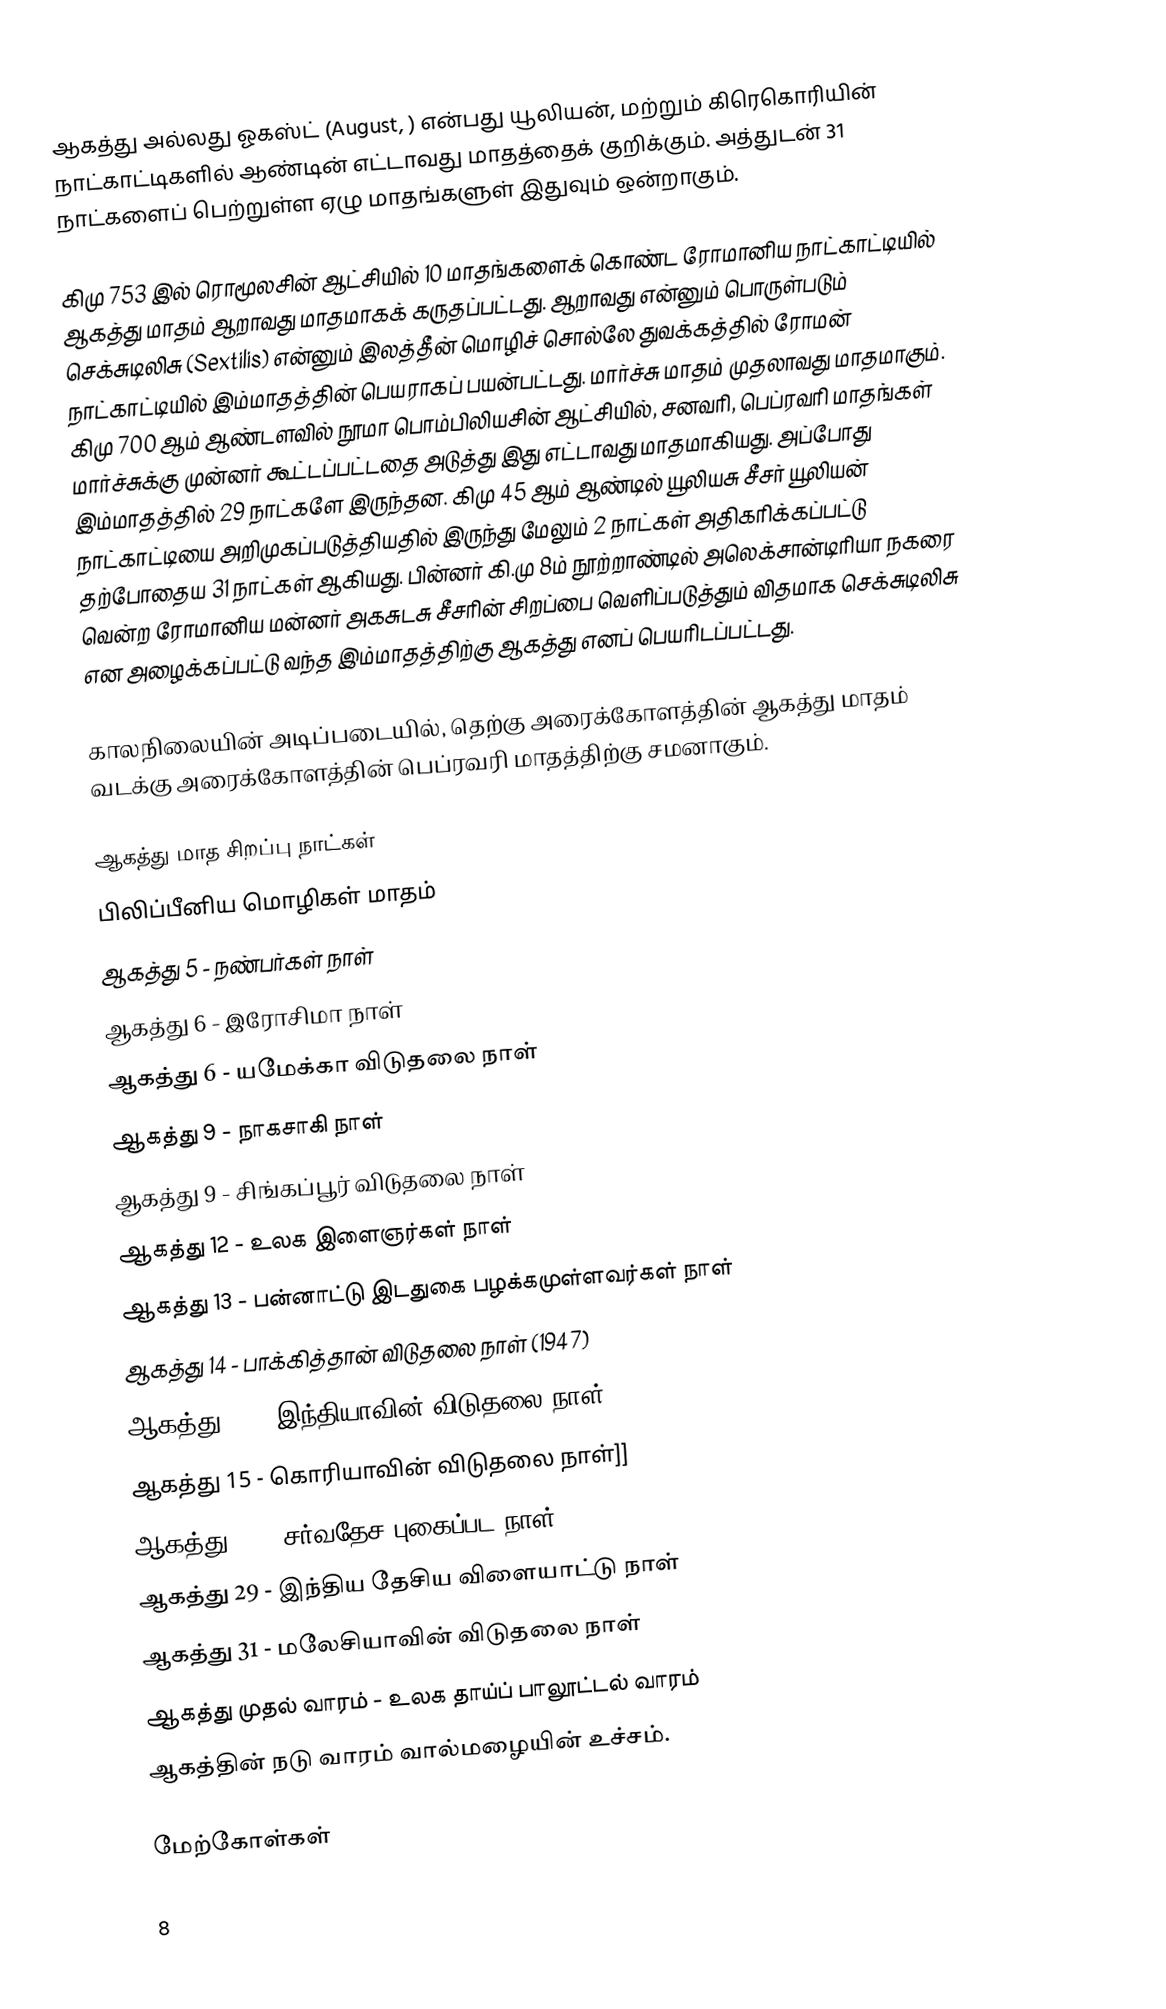
ஆகத்து அல்லது ஓகஸ்ட் (August,  ) என்பது யூலியன், மற்றும் கிரெகொரியின் நாட்காட்டிகளில் ஆண்டின் எட்டாவது மாதத்தைக் குறிக்கும். அத்துடன் 31 நாட்களைப் பெற்றுள்ள ஏழு மாதங்களுள் இதுவும் ஒன்றாகும்.

கிமு 753 இல் ரொமூலசின் ஆட்சியில் 10 மாதங்களைக் கொண்ட ரோமானிய நாட்காட்டியில் ஆகத்து மாதம் ஆறாவது மாதமாகக் கருதப்பட்டது. ஆறாவது என்னும் பொருள்படும் செக்சுடிலிசு (Sextilis) என்னும் இலத்தீன் மொழிச் சொல்லே துவக்கத்தில் ரோமன் நாட்காட்டியில்  இம்மாதத்தின் பெயராகப் பயன்பட்டது. மார்ச்சு மாதம் முதலாவது மாதமாகும். கிமு 700 ஆம் ஆண்டளவில் நூமா பொம்பிலியசின் ஆட்சியில், சனவரி, பெப்ரவரி மாதங்கள் மார்ச்சுக்கு முன்னர் கூட்டப்பட்டதை அடுத்து இது எட்டாவது மாதமாகியது. அப்போது இம்மாதத்தில் 29 நாட்களே இருந்தன. கிமு 45 ஆம் ஆண்டில் யூலியசு சீசர் யூலியன் நாட்காட்டியை அறிமுகப்படுத்தியதில் இருந்து மேலும் 2 நாட்கள் அதிகரிக்கப்பட்டு தற்போதைய 31 நாட்கள் ஆகியது. பின்னர் கி.மு 8ம் நூற்றாண்டில் அலெக்சான்டிரியா நகரை வென்ற ரோமானிய மன்னர் அகசுடசு சீசரின் சிறப்பை வெளிப்படுத்தும் விதமாக செக்சுடிலிசு என அழைக்கப்பட்டு வந்த இம்மாதத்திற்கு ஆகத்து எனப் பெயரிடப்பட்டது.

காலநிலையின் அடிப்படையில், தெற்கு அரைக்கோளத்தின் ஆகத்து மாதம் வடக்கு அரைக்கோளத்தின் பெப்ரவரி மாதத்திற்கு சமனாகும்.

ஆகத்து மாத சிறப்பு நாட்கள்
 பிலிப்பீனிய மொழிகள் மாதம்
 ஆகத்து 5 - நண்பர்கள் நாள்
 ஆகத்து 6 - இரோசிமா நாள்
 ஆகத்து 6 - யமேக்கா விடுதலை நாள்
 ஆகத்து 9 - நாகசாகி நாள்
 ஆகத்து 9 - சிங்கப்பூர் விடுதலை நாள்
 ஆகத்து 12 - உலக இளைஞர்கள் நாள்
 ஆகத்து 13 - பன்னாட்டு இடதுகை பழக்கமுள்ளவர்கள் நாள்
 ஆகத்து 14 - பாக்கித்தான் விடுதலை நாள் (1947)
 ஆகத்து 15 - இந்தியாவின் விடுதலை நாள் (1947)
 ஆகத்து 15 - கொரியாவின் விடுதலை நாள்]]
 ஆகத்து 19 - சர்வதேச புகைப்பட நாள்
 ஆகத்து 29 - இந்திய தேசிய விளையாட்டு நாள்
 ஆகத்து 31 - மலேசியாவின் விடுதலை நாள்
 ஆகத்து முதல் வாரம் - உலக தாய்ப் பாலூட்டல் வாரம்
 ஆகத்தின் நடு வாரம் வால்மழையின் உச்சம்.

மேற்கோள்கள்

8